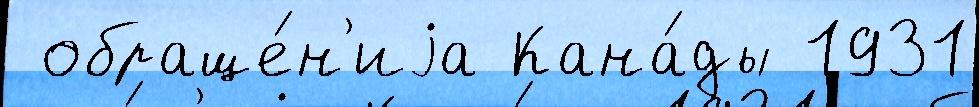
 обраще́н'иjа Кана́ды 1931